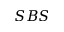
S B S